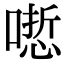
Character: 𠻯